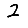
Digit: 2